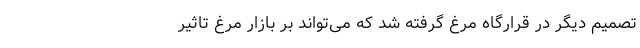
تصمیم دیگر در قرارگاه مرغ گرفته شد که می‌تواند بر بازار مرغ تاثیر